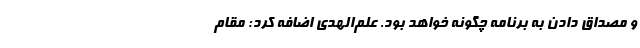
و مصداق دادن به برنامه چگونه خواهد بود. علم‌الهدی اضافه کرد: مقام